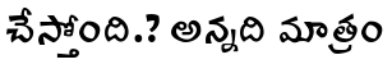
చేస్తోంది.? అన్నది మాత్రం